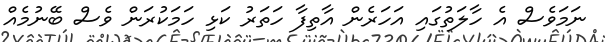
ނަމަވެސް އެ ހާލަތުގައި އަހަރެން އާތިފާ ހަތަރު ކަޅި ހަމަކުރަން ވެސް ބޭނުމެއް